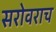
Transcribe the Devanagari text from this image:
सरोवराच